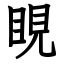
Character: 睍